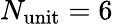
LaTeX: N_{\mathrm{unit}}=6